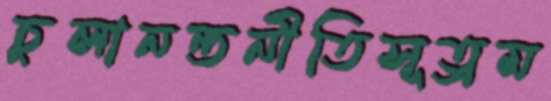
চুলানন্তনীতিসূত্রম